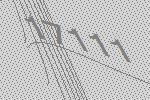
17111